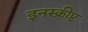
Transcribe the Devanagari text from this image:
इनस्क्रीप्ट